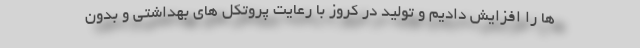
ها را افزایش دادیم و تولید در کروز با رعایت پروتکل های بهداشتی و بدون